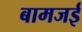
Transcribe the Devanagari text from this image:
बामजई